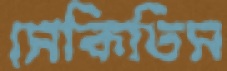
সেকিতিস